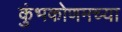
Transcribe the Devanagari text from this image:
कुंभकोणमच्या